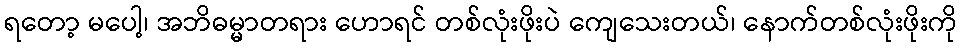
ရတော့ မပေါ့၊ အဘိဓမ္မာတရား ဟောရင် တစ်လုံးဖိုးပဲ ကျေသေးတယ်၊ နောက်တစ်လုံးဖိုးကို